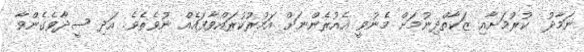
ނަމާދު  ކުރުމަށާއި ޒަކާތްދިނުމަށް މެނުވީ އެއުރެންނަށް އަމުރުކުރައްވާފައެއް ނުވެތެވެ. އަދި ސީދާވެގެންވާ